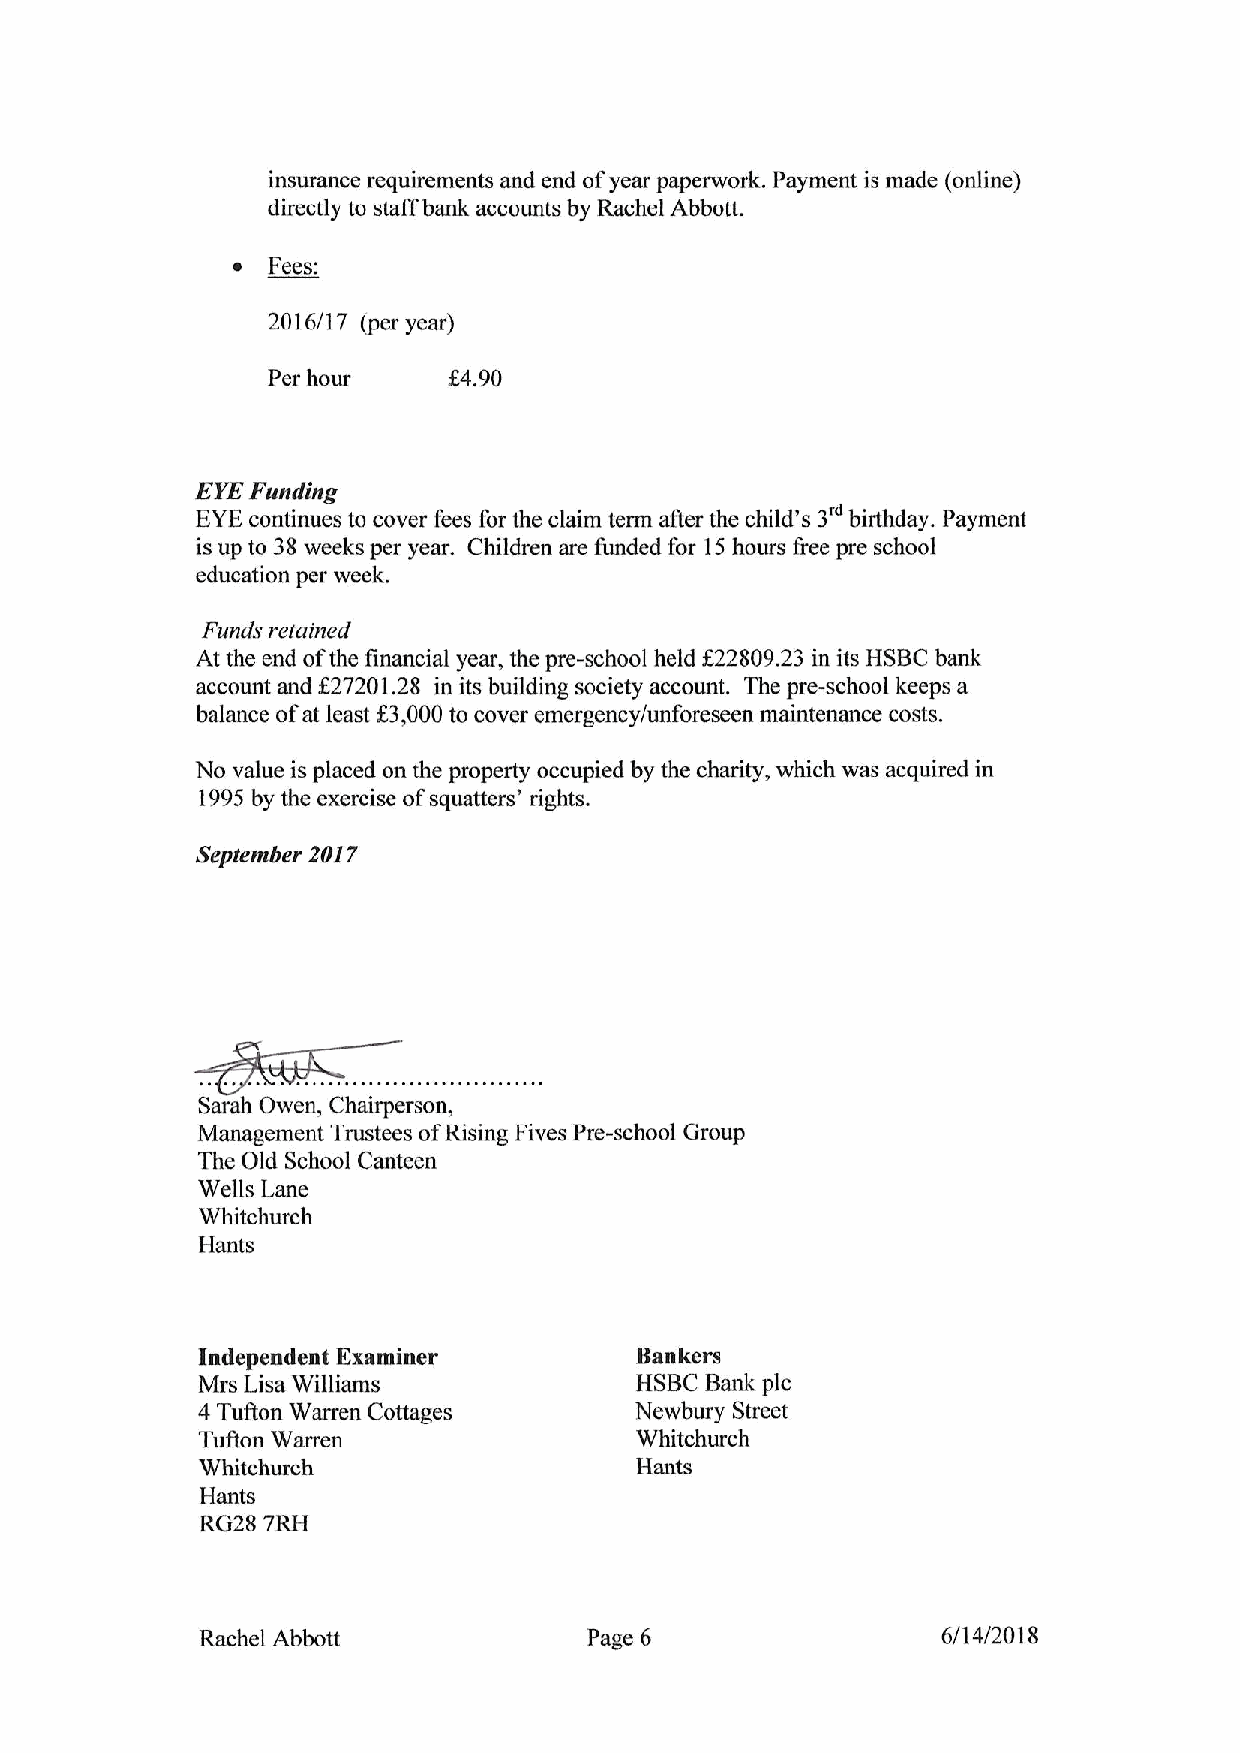
insurance requirements and end ofyear paperwork. Payment is made (online)
 directly to staff bank accounts by Rachel Abbott.
 ~  Fees:
 2016/17 (per year)
 Per hour    X4.90
 EYEFunding
 EYEcontinues to cover fees for the claim term aAer the child's 3' birthday. Payment
 is up to 38weeks per year. Children are funded for 15hours free pre school
 education per week.
 Funds retui ned
 At the end ofthe financial year, the pre-school held f 22809.23 in its HSBC bank
 account and 827201.28 in its building society account. The pre-school keeps a
 balance ofat least K3,000 to cover emergency/unforeseen maintenance costs.
 No value is placed on the property occupied by the charity, which was acquired in
 1995by the exercise ofsquatters' rights.
 September 2017
 Sarah Owen, Chairperson,
 Management Trustees ofRising Fives Pre-school Group
 The Old School Canteen
 Wells Lane
 Whitchurch
 Haiits
 Independent Examiner         Bankers
 Mrs Lisa Williams            HSBC Bank pic
 4Tufton Warren Cottages      Newbury Street
 TuAon Warren                 Whitchurch
 White hurch                  Hants
 Hants
 RG28 7RH
 Rachel Abbott             Page 6                 6/14/2018